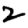
Digit: 2